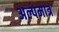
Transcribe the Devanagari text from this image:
अल्पमात्र